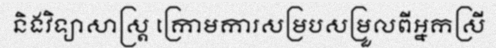
និងវិទ្យាសាស្ត្រ ក្រោមការសម្របសម្រួលពីអ្នកស្រី